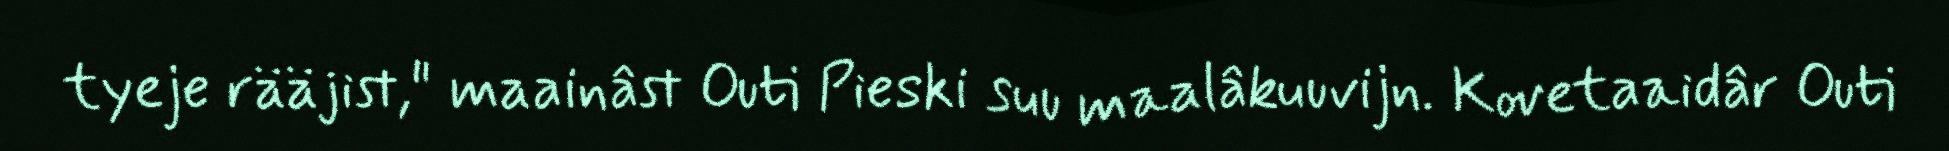
tyeje rääjist," maainâst Outi Pieski suu maalâkuuvijn. Kovetaaidâr Outi